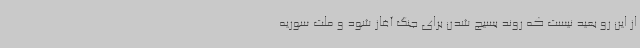
از این رو بعید نیست که روند بسیج شدن برای جنگ آغاز شود و ملت سوریه